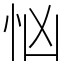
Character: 忷